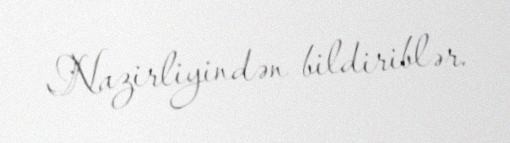
Nazirliyindən bildiriblər.